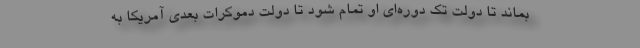
بماند تا دولت تک دوره‌ای او تمام شود تا دولت دموکرات بعدی آمریکا به